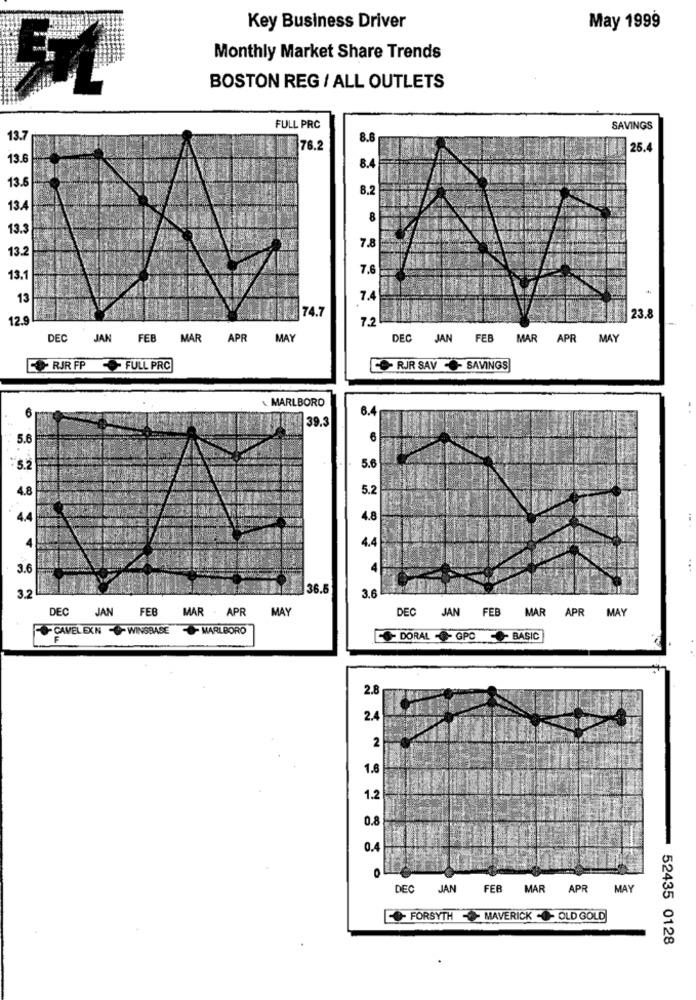
Key Business Driver
May 1999
Monthly Market Share Trends
BOSTON REG / ALL OUTLETS
FULL PRC
SAVINGS
13.7
8.8
76.2
25.
13.6
8.4
13.
8.2
13.4
8
13.3
13.
7.8
7.6
13.
13
7.4
12.9
74.7
7.2
23.8
DEC
JAN
FEB MAR APR
MAY
DEC JAN FEB MAR APR MAY
RIR FP
FULL PRC
RJR SAV -- SAVINGS
MARLBORO
6
20 39.3
5.6
6
5.6
4.8
5.2
4.4
4.8
4.4
3.6
36.5
3.2
3.6
DEC JAN FEB
MAR . APR MAY
DEC JAN FEB MAR APR MAY
CAVELEXN - WINSBASE
- MARLBORO
- DORAL - GPO - BASIC
2.8
2.4
2
1.8
1.2
0.8
0.4
0
DEC JAN
FEB MAR APR
MAY
- FORSYTH - MAVERICK -- OLD GOLD
52435 0128